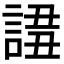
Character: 𧩖